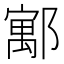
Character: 𮠈